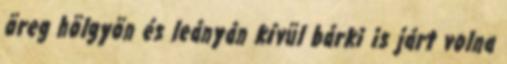
öreg hölgyön és leányán kívül bárki is járt volna